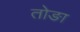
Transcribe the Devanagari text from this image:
तोङा